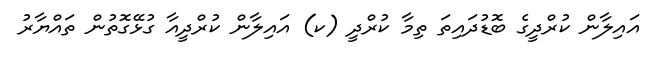
އައިލާން ކުރްދީގެ ބޮޑުދައިތަ ތިމާ ކުރްދީ (ކ) އައިލާން ކުރްދީއާ ގުޅޭގޮތުން ތައްޔާރު